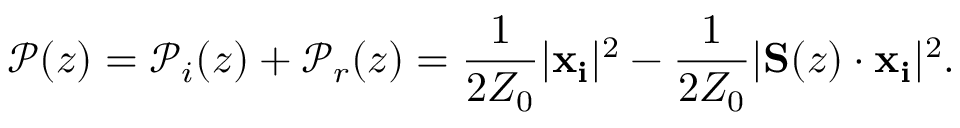
\mathscr { P } ( z ) = \mathscr { P } _ { i } ( z ) + \mathscr { P } _ { r } ( z ) = \frac { 1 } { 2 Z _ { 0 } } | \mathbf { x _ { i } } | ^ { 2 } - \frac { 1 } { 2 Z _ { 0 } } | \mathbf { S } ( z ) \cdot \mathbf { x _ { i } } | ^ { 2 } .